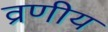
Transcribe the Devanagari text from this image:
व्रणीय